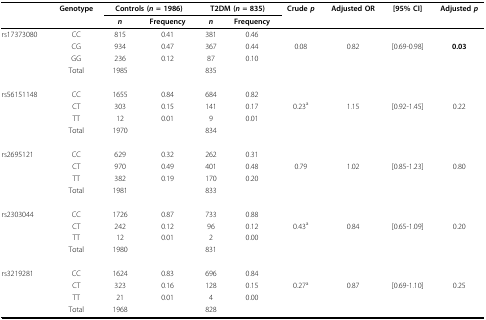
|  | Genotype | <COLSPAN=2> Controls (n = 1986) | <COLSPAN=2> T2DM (n = 835) | Crude p | Adjusted OR | [95% CI] | Adjusted p |
 |  |  | n | Frequency | n | Frequency |  |  |  |  |
 | --- | --- | --- | --- | --- | --- | --- | --- | --- | --- |
 | rs17373080 | CC | 815 | 0.41 | 381 | 0.46 |  |  |  |  |
 |  | CG | 934 | 0.47 | 367 | 0.44 | 0.08 | 0.82 | [0.69-0.98] | 0.03 |
 |  | GG | 236 | 0.12 | 87 | 0.10 |  |  |  |  |
 |  | Total | 1985 |  | 835 |  |  |  |  |  |
 | rs56151148 | CC | 1655 | 0.84 | 684 | 0.82 |  |  |  |  |
 |  | CT | 303 | 0.15 | 141 | 0.17 | 0.23a | 1.15 | [0.92-1.45] | 0.22 |
 |  | TT | 12 | 0.01 | 9 | 0.01 |  |  |  |  |
 |  | Total | 1970 |  | 834 |  |  |  |  |  |
 | rs2695121 | CC | 629 | 0.32 | 262 | 0.31 |  |  |  |  |
 |  | CT | 970 | 0.49 | 401 | 0.48 | 0.79 | 1.02 | [0.85-1.23] | 0.80 |
 |  | TT | 382 | 0.19 | 170 | 0.20 |  |  |  |  |
 |  | Total | 1981 |  | 833 |  |  |  |  |  |
 | rs2303044 | CC | 1726 | 0.87 | 733 | 0.88 |  |  |  |  |
 |  | CT | 242 | 0.12 | 96 | 0.12 | 0.43a | 0.84 | [0.65-1.09] | 0.20 |
 |  | TT | 12 | 0.01 | 2 | 0.00 |  |  |  |  |
 |  | Total | 1980 |  | 831 |  |  |  |  |  |
 | rs3219281 | CC | 1624 | 0.83 | 696 | 0.84 |  |  |  |  |
 |  | CT | 323 | 0.16 | 128 | 0.15 | 0.27a | 0.87 | [0.69-1.10] | 0.25 |
 |  | TT | 21 | 0.01 | 4 | 0.00 |  |  |  |  |
 |  | Total | 1968 |  | 828 |  |  |  |  |  |